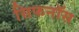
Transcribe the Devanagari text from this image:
सिफनॉस